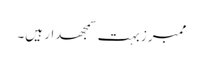
ممبرز بہت سمجھدار ہیں۔